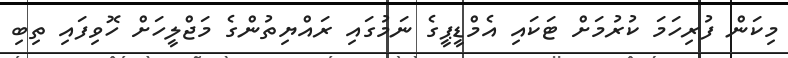
މިކަން ފުރިހަމަ ކުރުމަށް ޓަކައި އެމްޑީޕީގެ ނަމުގައި ރައްޔިތުންގެ މަޖްލީހަށް ހޮވިފައި ތިބި